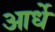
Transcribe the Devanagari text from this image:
आर्धे